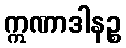
ဣဏာဒါနဉ္စ